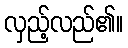
လှည့်လည်၏။